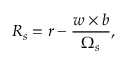
\boldsymbol { R } _ { s } = \boldsymbol { r } - \frac { \boldsymbol { w } \times \boldsymbol { b } } { \Omega _ { s } } ,